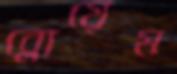
ব্লোয়েম